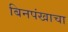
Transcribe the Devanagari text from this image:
बिनपंखाचा